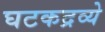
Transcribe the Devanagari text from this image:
घटकद्रव्ये